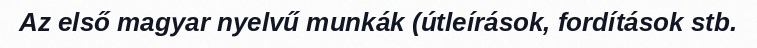
Az első magyar nyelvű munkák (útleírások, fordítások stb.